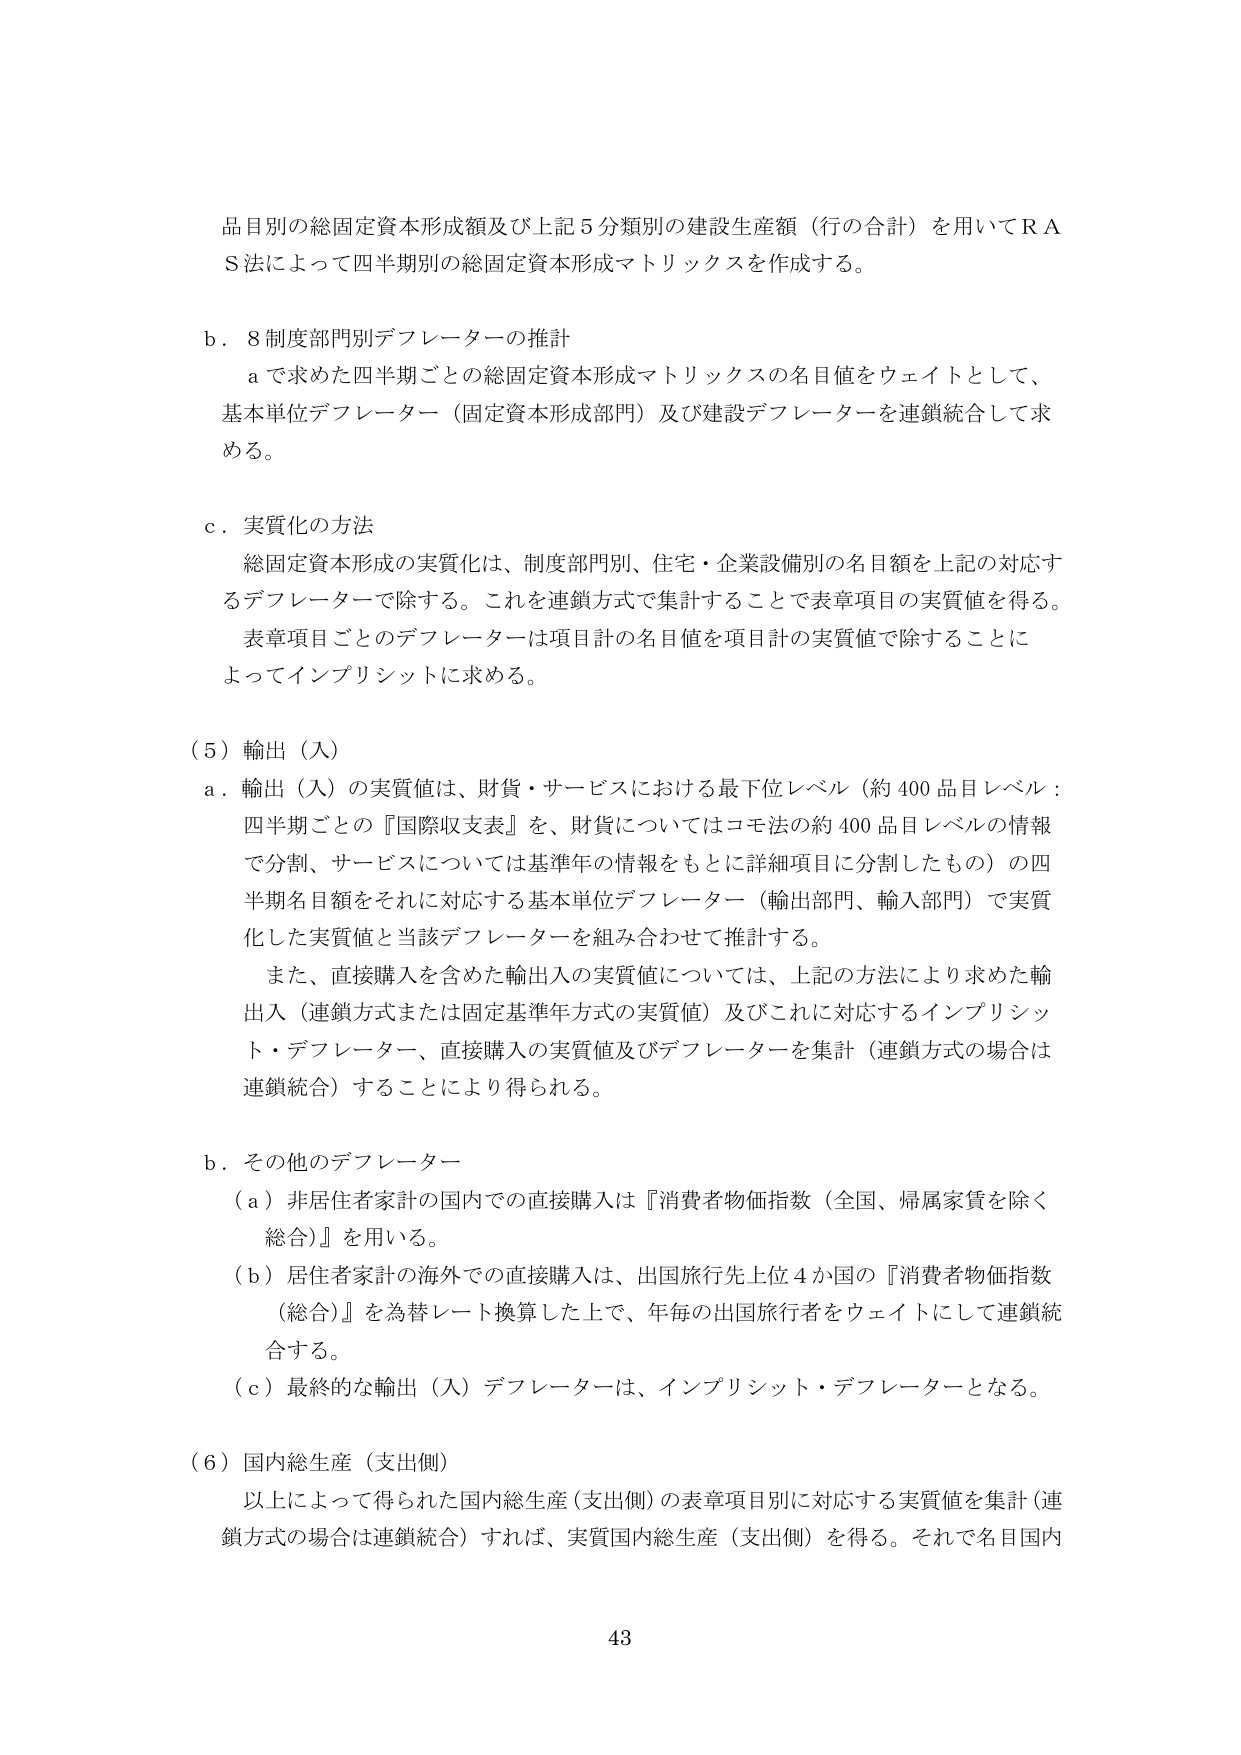
品目別の総固定資本形成額及び上記５分類別の建設生産額（行の合計）を用いてＲＡＳ法によって四半期別の総固定資本形成マトリックスを作成する。

ｂ．８制度部門別デフレーターの推計
　ａで求めた四半期ごとの総固定資本形成マトリックスの名目値をウェイトとして、基本単位デフレーター（固定資本形成部門）及び建設デフレーターを連鎖統合して求める。

ｃ．実質化の方法
　総固定資本形成の実質化は、制度部門別、住宅・企業設備別の名目額を上記の対応するデフレーターで除する。これを連鎖方式で集計することで表章項目の実質値を得る。表章項目ごとのデフレーターは項目計の名目値を項目計の実質値で除することによってインプリシットに求める。

（５）輸出（入）
ａ．輸出（入）の実質値は、財貨・サービスにおける最下位レベル（約400品目レベル：四半期ごとの『国際収支表』を、財貨についてはコモ法の約400品目レベルの情報で分割、サービスについては基準年の情報をもとに詳細項目に分割したもの）の四半期名目額をそれに対応する基本単位デフレーター（輸出部門、輸入部門）で実質化した実質値と当該デフレーターを組み合わせて推計する。
　また、直接購入を含めた輸出入の実質値については、上記の方法により求めた輸出入（連鎖方式または固定基準年方式の実質値）及びこれに対応するインプリシット・デフレーター、直接購入の実質値及びデフレーターを集計（連鎖方式の場合は連鎖統合）することにより得られる。

ｂ．その他のデフレーター
　（ａ）非居住者家計の国内での直接購入は『消費者物価指数（全国、帰属家賃を除く総合）』を用いる。
　（ｂ）居住者家計の海外での直接購入は、出国旅行先上位４か国の『消費者物価指数（総合）』を為替レート換算した上で、年毎の出国旅行者をウェイトにして連鎖統合する。
　（ｃ）最終的な輸出（入）デフレーターは、インプリシット・デフレーターとなる。

（６）国内総生産（支出側）
　以上によって得られた国内総生産（支出側）の表章項目別に対応する実質値を集計（連鎖方式の場合は連鎖統合）すれば、実質国内総生産（支出側）を得る。それで名目国内

43